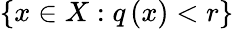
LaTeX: \left\{ x\in X:q\left(x\right)<r\right\}